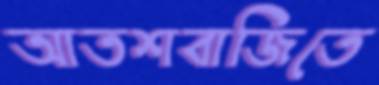
আতশবাজিতে